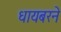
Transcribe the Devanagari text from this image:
धायबरने